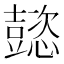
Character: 𢤥